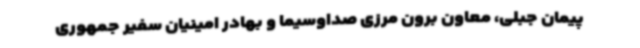
پیمان جبلی، معاون برون مرزی صداوسیما و بهادر امینیان سفیر جمهوری